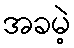
အခမဲ့